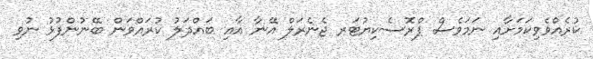
ކުރެއްވެވިކަމަށާއި ނަމަވެސް ޕްރޮސެކިޔުޓަރ ޖެނެރަލް އޭނާ އާއި ބައްދަލު ކުރައްވަން ބޭނުންފުޅު ނުވި